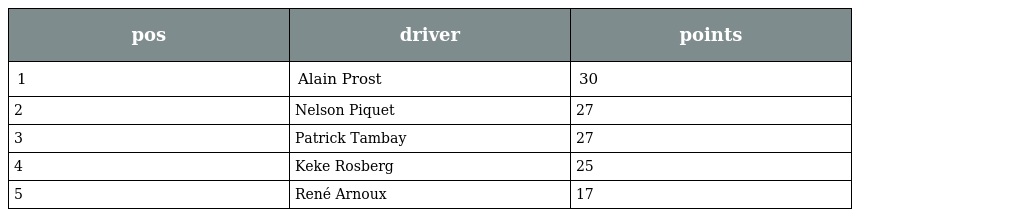
| pos | driver | points |
 | --- | --- | --- |
 | 1 | Alain Prost | 30 |
 | 2 | Nelson Piquet | 27 |
 | 3 | Patrick Tambay | 27 |
 | 4 | Keke Rosberg | 25 |
 | 5 | René Arnoux | 17 |